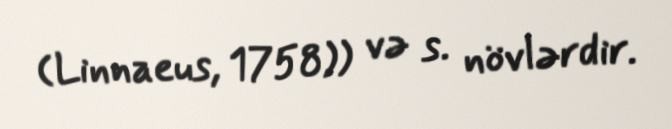
(Linnaeus, 1758)) və s. növlərdir.